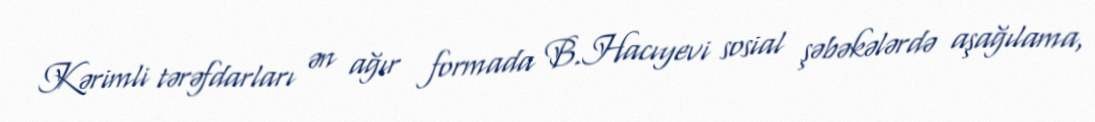
Kərimli tərəfdarları ən ağır formada B.Hacıyevi sosial şəbəkələrdə aşağılama,